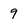
Character: 9